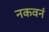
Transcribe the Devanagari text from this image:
नकवनं